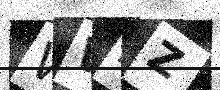
Text: WW4Z